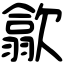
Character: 歙